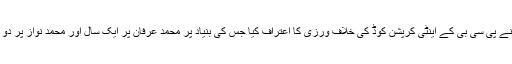
محمد عرفان اور محمد نواز نے پی سی بی کے اینٹی کرپشن کوڈ کی خلاف ورزی کا اعتراف کیا جس کی بنیاد پر محمد عرفان پر ایک سال اور محمد نواز پر دو ماہ کی پابندی عائد کی گئی۔